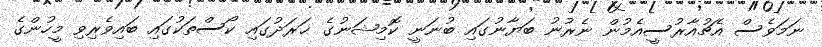
ނަމަވެސް އެޗުއާރުސީއެމުން ނެރުނު ބަޔާނުގައި ބުނަނީ ކޮމިޝަނުގެ ޚަރަދުގައި ކޯސްތަކުގައި ބައިވެރިވި މީހުންގެ